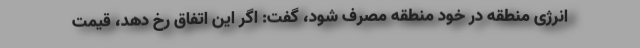
انرژی منطقه در خود منطقه مصرف شود، گفت: اگر این اتفاق رخ دهد، قیمت